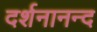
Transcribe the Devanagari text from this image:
दर्शनानन्‍द